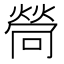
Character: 𤍔